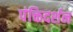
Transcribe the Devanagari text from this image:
पंक्तिदर्शन